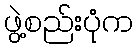
ဖွဲ့စည်းပုံက